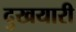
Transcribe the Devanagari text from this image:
दुखयारी